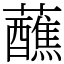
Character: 蘸